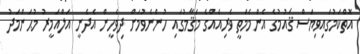
އޮތްކަމުގައިވިޔަސް ޤައުމުގެ އެންމެމަތީ ވެރިއެއްގެ މަޤާމުގައި ހުންނެވުމަށް ދިވެހީން އެދެނީ އަލްއަމީރު މުޙަންމަދު